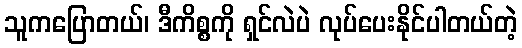
သူကပြောတယ်၊ ဒီကိစ္စကို ရှင်လဲပဲ လုပ်ပေးနိုင်ပါတယ်တဲ့